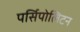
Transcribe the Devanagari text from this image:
पर्सिपोलिटन